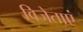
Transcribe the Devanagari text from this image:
विजेताएं